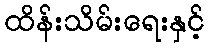
ထိန်းသိမ်းရေးနှင့်